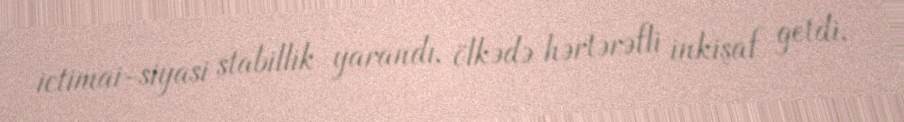
ictimai-siyasi stabillik yarandı, ölkədə hərtərəfli inkişaf getdi.